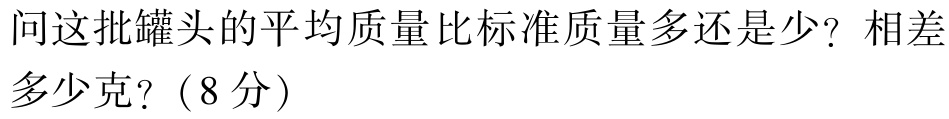
问这批罐头的平均质量比标准质量多还是少？相差多少克？（8分）